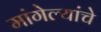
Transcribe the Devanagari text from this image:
मांगेल्यांचे